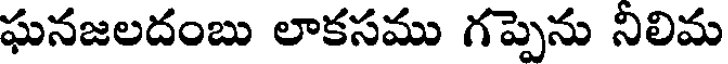
ఘనజలదంబు లాకసము గప్పెను నిలిమ